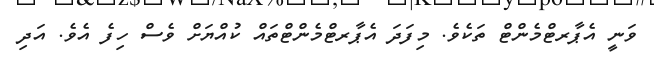
ވަނީ އެޕާރޓްމެންޓް ތަކެވެ. މިފަދަ އެޕާރޓްމެންޓްތައް ކުއްޔަށް ވެސް ހިފެ އެވެ. އަދި